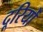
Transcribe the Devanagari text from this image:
दूरियोँ